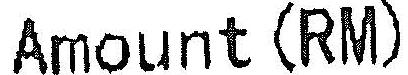
AMOUNT(RM)